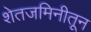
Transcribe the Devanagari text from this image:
शेतजमिनीतून